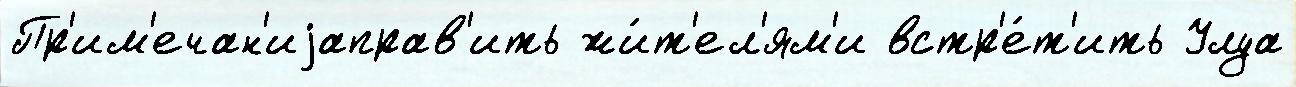
Пр'им'ечан'иjаправ'ить жи́т'ел'ям'и встр'е́т'ить Улуа